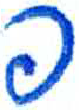
אות: פ